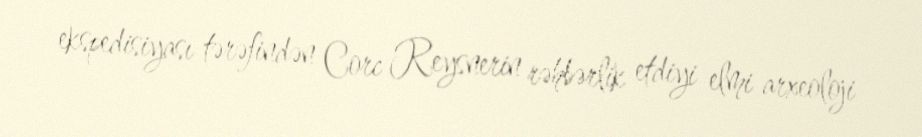
ekspedisiyası tərəfindən Corc Reysnerin rəhbərlik etdiyi elmi arxeoloji